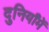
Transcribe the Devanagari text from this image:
दुनियाँमें